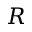
R